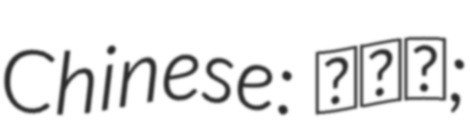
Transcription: Chinese: 陈安娜;